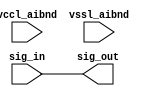
// SPDX-License-Identifier: Apache-2.0
// Copyright (C) 2019 Intel Corporation. 
// Library - aibnd_lib, Cell - aibnd_rambit_buf, View - schematic
// LAST TIME SAVED: Apr 19 23:56:59 2015
// NETLIST TIME: May 12 17:53:11 2015
// `timescale 1ns / 1ns 

module aibnd_rambit_buf ( sig_out, sig_in, vccl_aibnd, vssl_aibnd );

output  sig_out;

input  sig_in, vccl_aibnd, vssl_aibnd;

wire sig_out, sig_in; // Conversion Sript Generated


// specify 
//     specparam CDS_LIBNAME  = "aibnd_lib";
//     specparam CDS_CELLNAME = "aibnd_rambit_buf";
//     specparam CDS_VIEWNAME = "schematic";
// endspecify

assign sig_out = sig_in;

endmodule